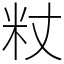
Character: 粀